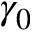
\gamma _ { 0 }